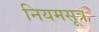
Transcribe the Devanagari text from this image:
नियमसूत्र